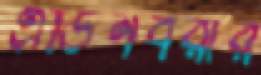
এডিনবরার